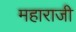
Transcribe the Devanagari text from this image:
महाराजी